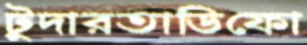
টুদারতাডিফো